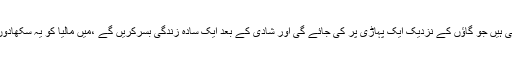
پروپوزل کی تیاریاں بھی مکمل کرلی گئی ہیں جو گاﺅں کے نزدیک ایک پہاڑی پر کی جائے گی اور شادی کے بعد ایک سادہ زندگی بسرکریں گے ،میں مالیا کو یہ سکھادوں گاکہ گائے کا دودھ کیسے دوہتے ہیں ۔